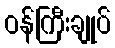
ဝန်ကြီးချုပ်